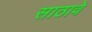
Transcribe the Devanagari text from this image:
साठावे